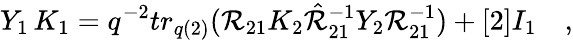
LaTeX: Y_{1}\, K_{1}=q^{-2}tr_{q(2)}(\mathcal{R}_{21}K_{2}\hat{{\mathcal{R}}}_{21}^{-1}Y_{2}\mathcal{R}_{21}^{-1})+[2]I_{1}\quad,